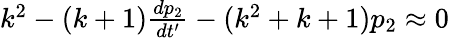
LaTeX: \begin{array}{r}{k^{2}-(k+1)\frac{dp_{2}}{dt^{\prime}}-(k^{2}+k+1)p_{2}\approx 0}\end{array}